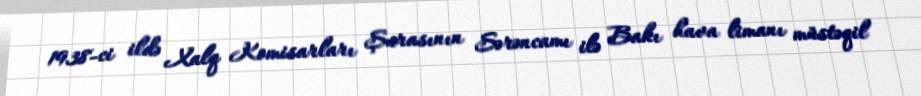
1938-ci ildə Xalq Komisarları Şurasının Sərəncamı ilə Bakı hava limanı müstəqil